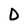
Character: D